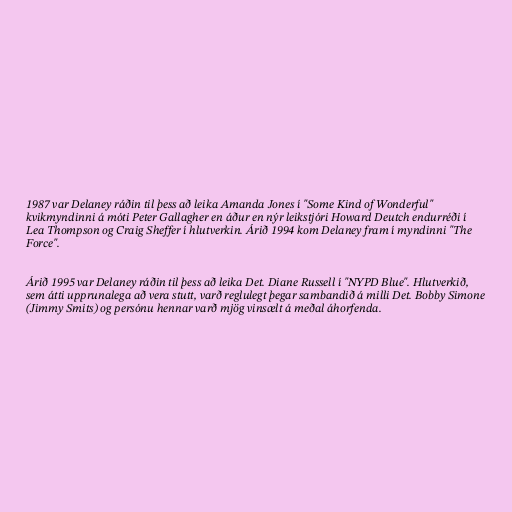
1987 var Delaney ráðin til þess að leika Amanda Jones í "Some Kind of Wonderful"
kvikmyndinni á móti Peter Gallagher en áður en nýr leikstjóri Howard Deutch endurréði í
Lea Thompson og Craig Sheffer í hlutverkin. Árið 1994 kom Delaney fram í myndinni "The
Force".

Árið 1995 var Delaney ráðin til þess að leika Det. Diane Russell í "NYPD Blue". Hlutverkið,
sem átti upprunalega að vera stutt, varð reglulegt þegar sambandið á milli Det. Bobby Simone
(Jimmy Smits) og persónu hennar varð mjög vinsælt á meðal áhorfenda.